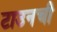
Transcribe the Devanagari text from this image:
टाउनची